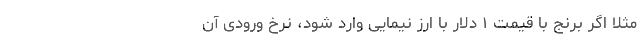
مثلاً اگر برنج با قیمت ۱ دلار با ارز نیمایی وارد شود، نرخ ورودی آن